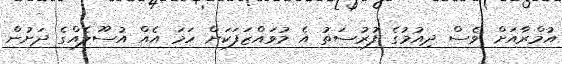
އުމްރާއަށް ވެސް ދިއުމުގެ ފުރުސަތު އެ މުވައްޒަފަކަށް ހަމަ އެއް އުސޫލެއްގެ ދަށުން